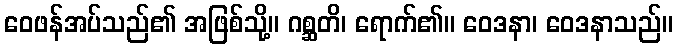
ဝေဖန်အပ်သည်၏ အဖြစ်သို့။ ဂစ္ဆတိ၊ ရောက်၏။ ဝေဒနာ၊ ဝေဒနာသည်။